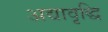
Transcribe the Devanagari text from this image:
अद्यावृद्धि